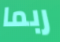
ربما